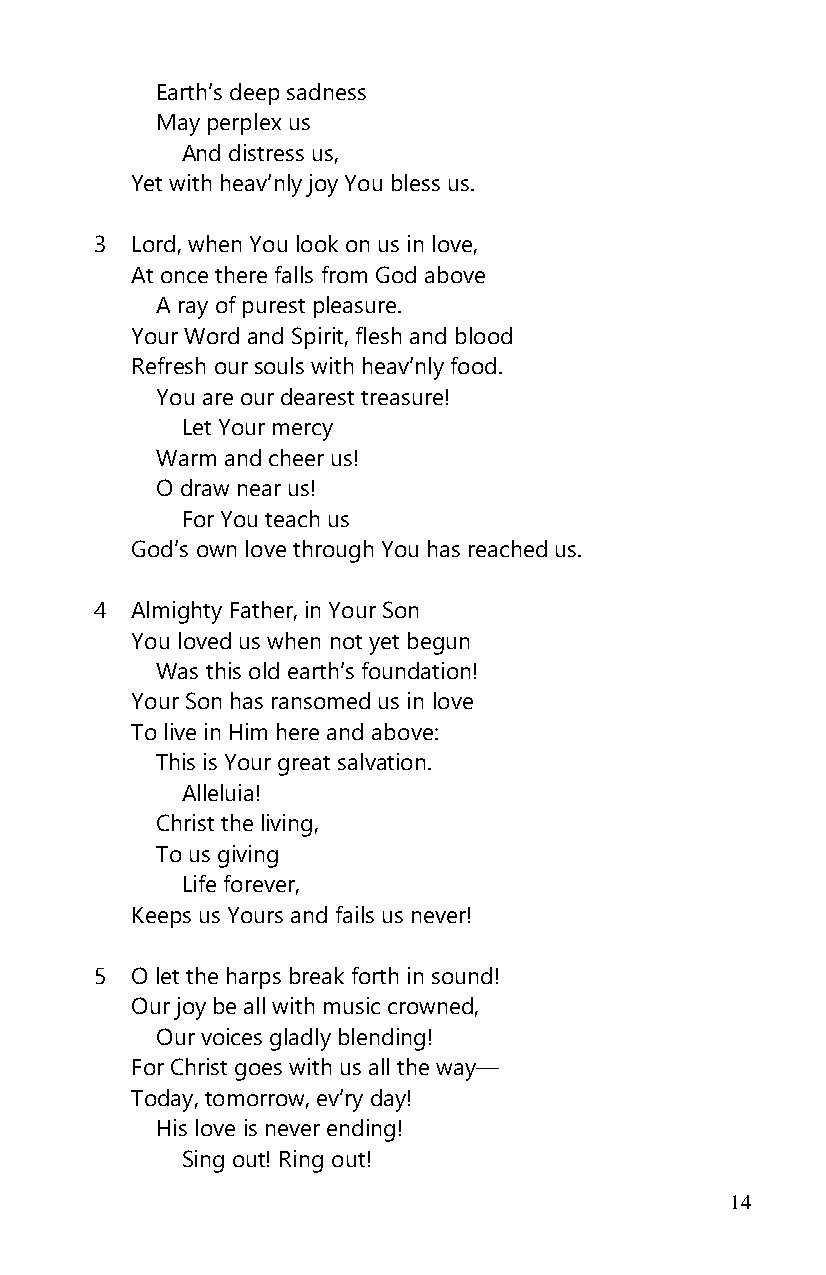
Earth’s deep sadness
 May perplex us
 And distress us,
 Yet with heav’nly joy You bless us.
 3  Lord, when You look on us in love,
 At once there falls from God above
 A ray of purest pleasure.
 Your Word and Spirit, flesh and blood
 Refresh our souls with heav’nly food.
 You are our dearest treasure!
 Let Your mercy
 Warm and cheer us!
 O draw near us!
 For You teach us
 God’s own love through You has reached us.
 4  Almighty Father, in Your Son
 You loved us when not yet begun
 Was this old earth’s foundation!
 Your Son has ransomed us in love
 To live in Him here and above:
 This is Your great salvation.
 Alleluia!
 Christ the living,
 To us giving
 Life forever,
 Keeps us Yours and fails us never!
 5  O let the harps break forth in sound!
 Our joy be all with music crowned,
 Our voices gladly blending!
 For Christ goes with us all the way—
 Today, tomorrow, ev’ry day!
 His love is never ending!
 Sing out! Ring out!
 14